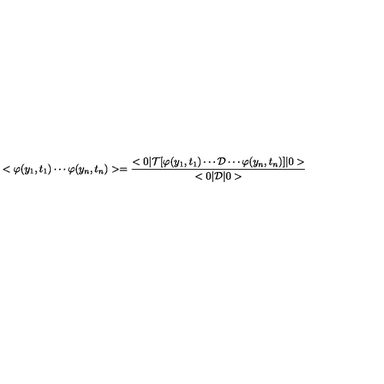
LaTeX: < \varphi ( y _ { 1 } , t _ { 1 } ) \cdots \varphi ( y _ { n } , t _ { n } ) > = \frac { < 0 | { \cal { T } } [ \varphi ( y _ { 1 } , t _ { 1 } ) \cdots { \cal { D } } \cdots \varphi ( y _ { n } , t _ { n } ) ] | 0 > } { < 0 | { \cal { D } } | 0 > }